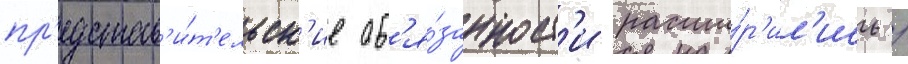
пр'едстав'и́т'ельск'ие об'я́занност'и расши́р'ил'ись /